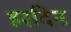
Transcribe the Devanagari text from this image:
हरदिन